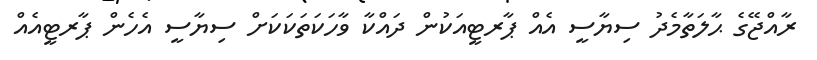
ރާއްޖޭގެ ޙާލަތާމެދު ސިޔާސީ އެއް ޕާރޓީއަކުން ދައްކާ ވާހަކަތަކަކަށް ސިޔާސީ އެހެން ޕާރޓީއެއް